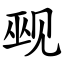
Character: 觋